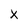
Character: x